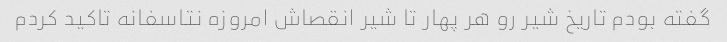
گفته بودم تاریخ شیر رو هر پهار تا شیر انقصاش امروزه نتاسفانه تاکید کردم